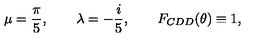
\mu = \frac { \pi } { 5 } , \qquad \lambda = - \frac { i } { 5 } , \qquad F _ { C D D } ( \theta ) \equiv 1 ,